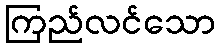
ကြည်လင်သော